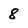
Character: 8